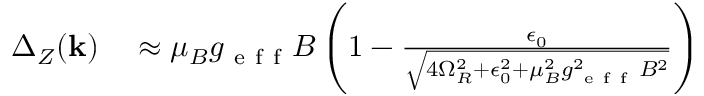
\begin{array} { r l } { \Delta _ { Z } ( \mathbf { k } ) } & { { } \approx \mu _ { B } g _ { \mathrm { ~ e ~ f ~ f ~ } } B \left( 1 - \frac { \epsilon _ { 0 } } { \sqrt { 4 \Omega _ { R } ^ { 2 } + \epsilon _ { 0 } ^ { 2 } + \mu _ { B } ^ { 2 } g _ { \mathrm { ~ e ~ f ~ f ~ } } ^ { 2 } B ^ { 2 } } } \right) } \end{array}